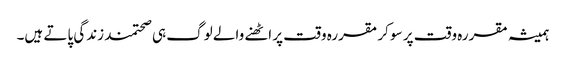
ہمیشہ مقررہ وقت پر سو کر مقررہ وقت پر اٹھنے والے لوگ ہی صحتمند زندگی پاتے ہیں۔